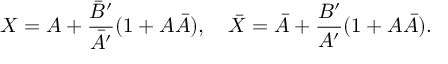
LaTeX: X = A + \frac { { \bar { B } } ^ { \prime } } { { \bar { A } } ^ { \prime } } ( 1 + A \bar { A } ) , \quad \bar { X } = \bar { A } + \frac { B ^ { \prime } } { A ^ { \prime } } ( 1 + A \bar { A } ) .